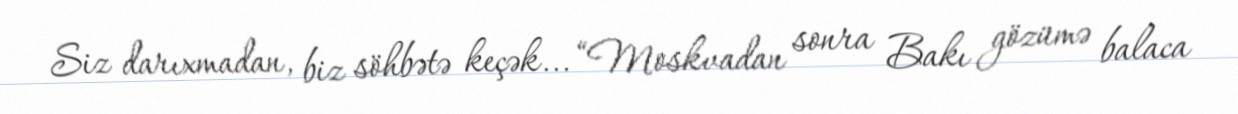
Siz darıxmadan, biz söhbətə keçək... “Moskvadan sonra Bakı gözümə balaca